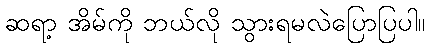
ဆရာ့ အိမ်ကို ဘယ်လို သွားရမလဲပြောပြပါ။